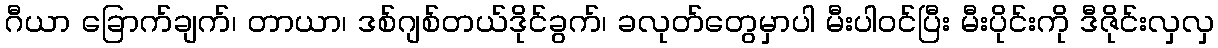
ဂီယာ ခြောက်ချက်၊ တာယာ၊ ဒစ်ဂျစ်တယ်ဒိုင်ခွက်၊ ခလုတ်တွေမှာပါ မီးပါဝင်ပြီး မီးပိုင်းကို ဒီဇိုင်းလှလှ